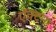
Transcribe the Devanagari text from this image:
ऍक्टन